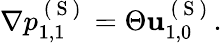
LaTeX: \begin{array}{r}{\nabla p_{1,1}^{\mathrm{~(~S~)~}}=\Theta\mathbf{u}_{1,0}^{\mathrm{~(~S~)~}}.}\end{array}